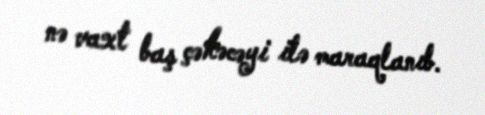
nə vaxt baş çəkəcəyi ilə maraqlanıb.